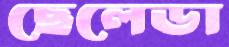
ছেলেডা